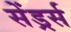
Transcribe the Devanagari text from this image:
सेंड्रर्स